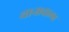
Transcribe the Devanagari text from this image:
थानावाला